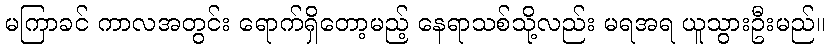
မကြာခင် ကာလအတွင်း ရောက်ရှိတော့မည့် နေရာသစ်သို့လည်း မရအရ ယူသွားဦးမည်။